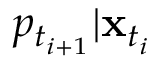
p _ { t _ { i + 1 } } | \mathbf { x } _ { t _ { i } }